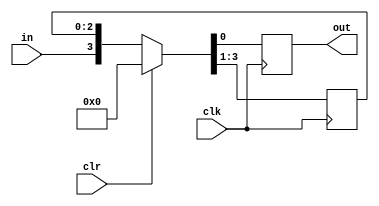
module shift_register(out, in , clk, clr);
parameter n = 3;
output reg out;
input clk, clr;
input in;
reg [n:1] mem;

always @(posedge clk) begin
    if (clr)
    {mem,out} = 0;
    else
    {mem,out} = {in,mem};
end

endmodule